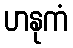
ဟနုကံ